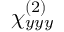
\chi _ { y y y } ^ { ( 2 ) }